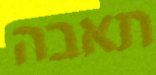
תאבה